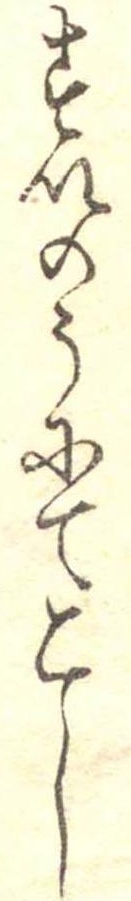
すいのうにてこし